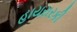
હાયરારકી